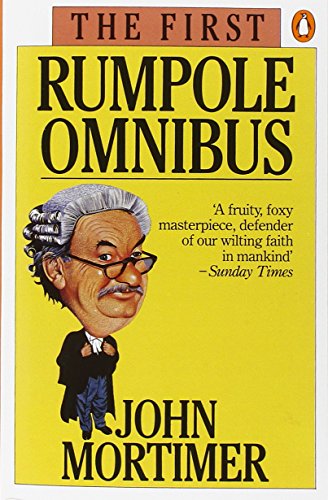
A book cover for The First Rumpole Omnibus; John Mortimer; Mystery, Thriller & Suspense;